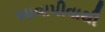
ખાવાપીવાથી